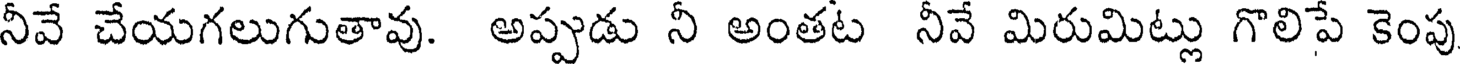
నీవే చేయగలుగుతావు. అప్పుడు నీ అంతట నీవే మిరుమిట్లు గొలిపే కెంపు